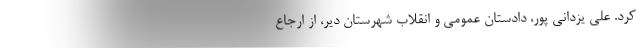
کرد. علی یزدانی پور، دادستان عمومی و انقلاب شهرستان دیر، از ارجاع